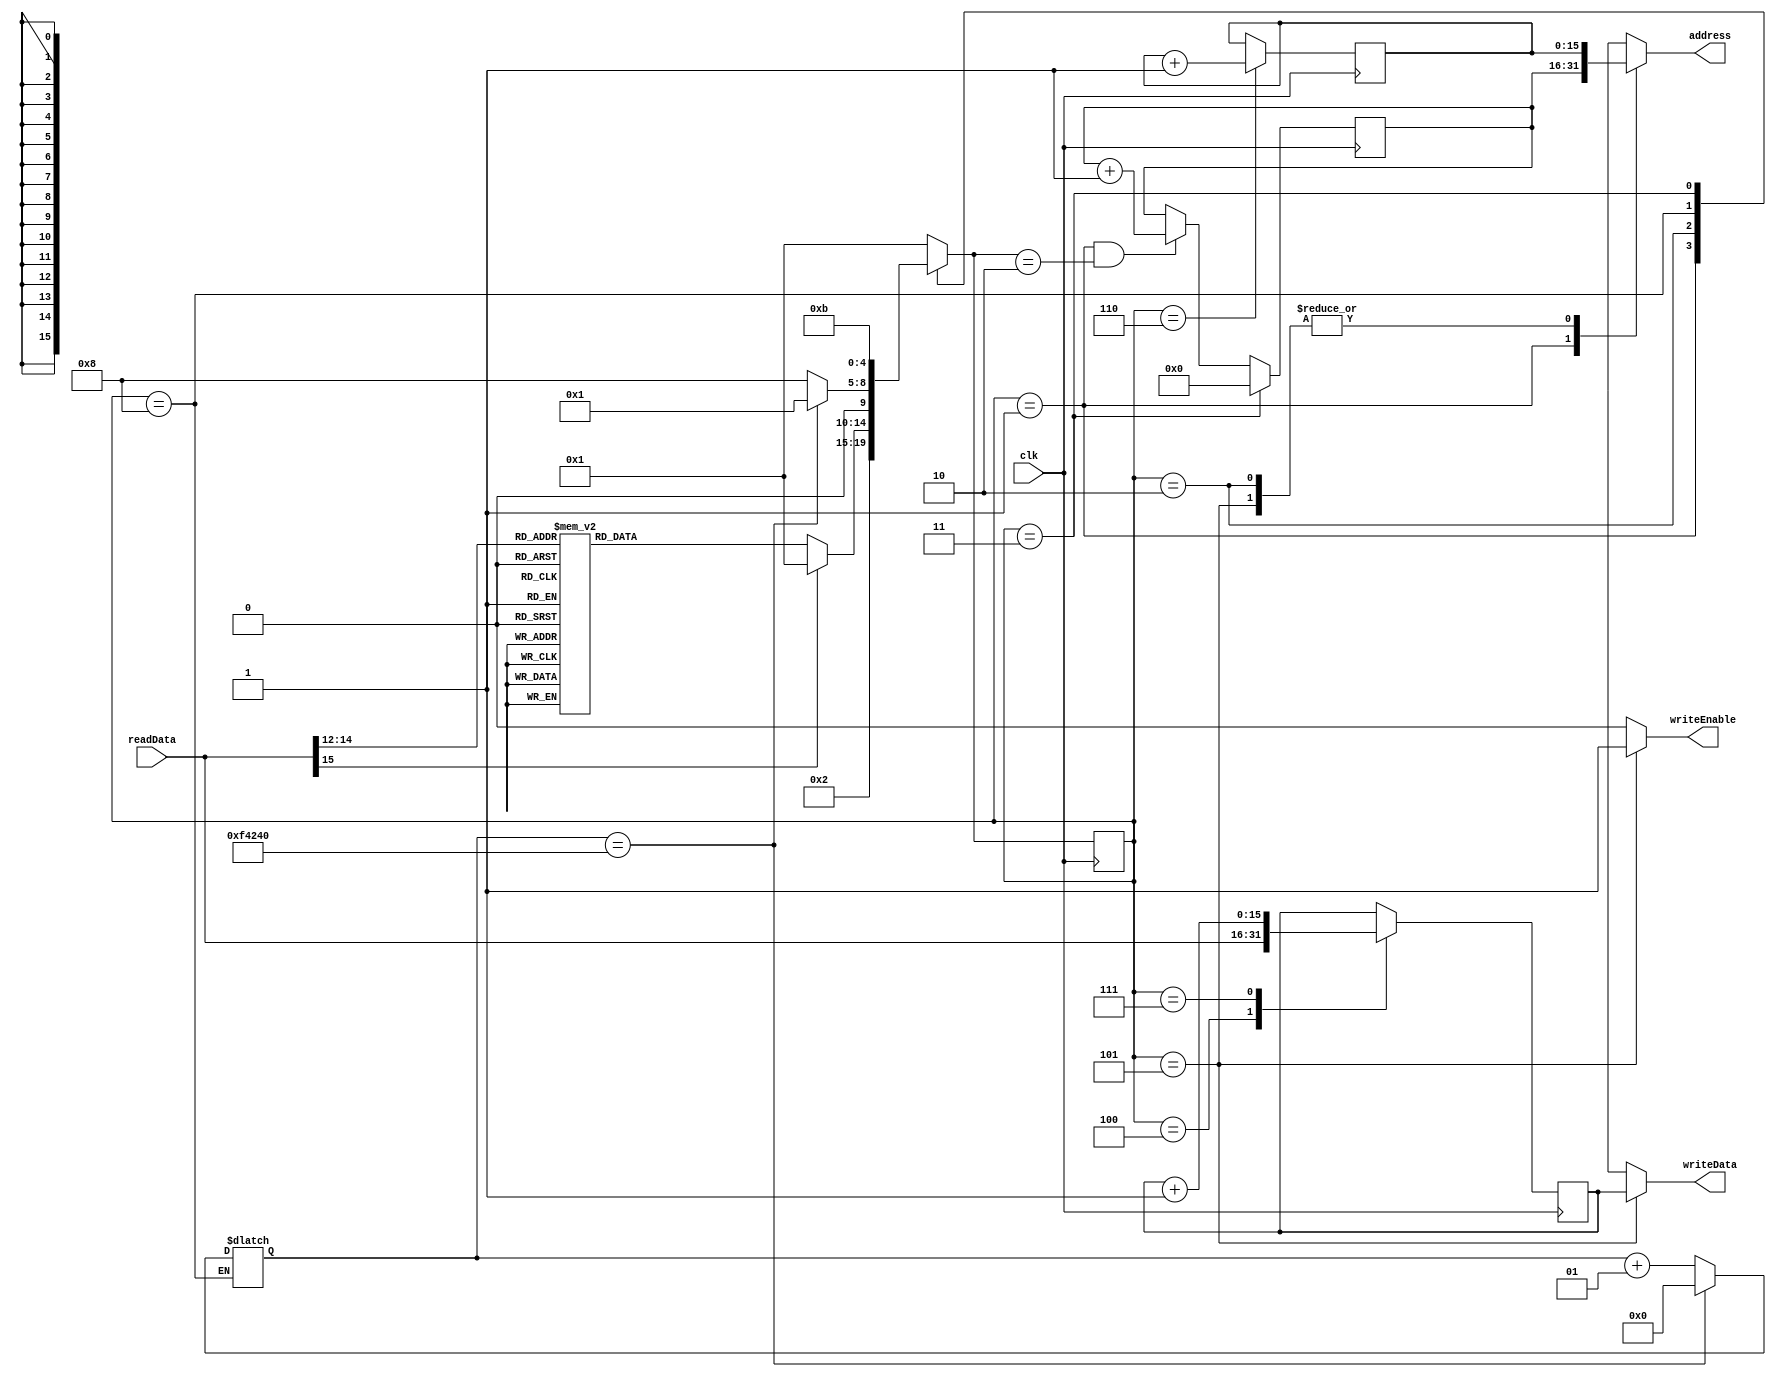
`timescale 1ns / 1ps
//////////////////////////////////////////////////////////////////////////////////
// Company: 
// Engineer: 
// 
// Design Name: 
// Module Name:    Core 
// Project Name: 
// Target Devices: 
// Tool versions: 
// Description: 
//
// Dependencies: 
//
// Revision: 
// Revision 0.01 - File Created
// Additional Comments: 
//
//////////////////////////////////////////////////////////////////////////////////
module Core(
	 input clk,
	 //input rst,
    //input IO,
	 input [15:0] readData,
	 output reg [15:0]writeData,
	 output reg writeEnable,
	 output reg [15:0]address
	 );
	 
	 reg [15:0] PC = 16'h0;
	 reg [15:0] memAdd;
	 reg [15:0]	data;
	 reg [4:0] PS, NS;
	 
	 integer counter = 0;
	 
	 parameter[4:0] clear = 5'd0, fetch = 5'd1, receive = 5'd2, reset = 5'd3, load = 5'd4, store = 5'd5, 
							advance = 5'd6, increment = 5'd7, pause = 5'd8, add = 5'd9, move = 5'd10, resetBuffer = 5'd11						
							;
	 
	 //TODO/Questions: 
	 // 1) Figure out max PC, don't want to just keep going
	 // 2) Find better way to do advance and increment (too bulky?)
	 // 3) Determine what PC address @ reset (right now it's 0x2400)
	 // 4) When does PC value latch w/reset?
	 
	 always @ (posedge clk) begin
			//Increment PC Counter if necessary
			if(PS == fetch && NS == receive)
				PC <= PC + 1'b1; 
			else
				PC <= PC; 
			
			//Update present state
			PS <= NS;
			
			//Do action based on PS
			case(PS)
				load: data <= readData;
				advance: memAdd <= memAdd + 1'b1;
				increment: data <= data + 1'b1;
				reset: PC <= 16'h0;
				
			endcase
	 end
	 
	 always @ (*) begin
		case(PS)
			//Fetch instruction
			fetch: begin
				address <= PC; //Fetch instruction at PC counter
				writeData <= 16'bX; //Don't care about write date
				writeEnable <= 0; 
				NS <= receive;
			end
			
			//Receive instruction 
			receive: begin
				address <= memAdd; //Fetch value at memory address,
				writeData <= 16'bX;
				writeEnable <= 0;
				case(readData[15:12])  
					4'b0000: NS <= reset;
					4'b0001: NS <= load;
					4'b0010: NS <= store;
					4'b0011: NS <= advance;
					4'b0100: NS <= increment;
					4'b0101: NS <= pause;
					4'b0110: NS <= add;
					4'b0111: NS <= move;
					default: NS <= fetch;
				endcase
			end			
			
			//Load memory data into register
			load: begin
				address <= 16'bX; //Have already fetched memory address (pretty sure we don't care here?)
				writeData <= 16'bX; //Don't care, not writing data
				writeEnable <= 0;  //Don't enable writing to memory
				NS <= fetch;
			end
			
			//Load register data into memory
			store:begin
				address <= memAdd; //Give memory address that we want to write to
				writeData <= data; //Give data that we want to write to memory
				writeEnable <= 1;  //Enable writing to memory
				NS <= fetch;
			end
			
			//Advance memory address by 1
			advance: begin
				address <= 16'bX; //Don't really care, work being done elsewhere (sequential)
				writeData <= 16'bX;
				writeEnable <= 0; 
				NS <= fetch;
			end
			
			//Increment data value by 1
			increment: begin
				address <= 16'bX; //Don't really care, work being done elsewhere (sequential)
				writeData <= 16'bX;
				writeEnable <= 0; 
				NS <= fetch;
			end
			
			//Pause advancement of program for 1 milisecond
			pause: begin
				address <= 16'bX; 
				writeData <= 16'bX;
				writeEnable <= 0; 
				if (counter == 1_000_000) begin //Counter to wait for one milisecond
					NS <= fetch;
					counter = 0;
				end
				else begin
					NS <= pause;
					counter = counter + 1;
				end
			end
			
			//Reset program counter to the beginning of program's address
			reset: begin
				address <= 16'bX; //Have already fetched memory address (pretty sure we don't care here?)
				writeData <= 16'bX;
				writeEnable <= 0; 
				NS <= resetBuffer;
			end
			
			//Give reset time to latch new PC value - no idea if this is needed or not 
			resetBuffer: begin
				address <= 16'bX; 
				writeData <= 16'bX;
				writeEnable <= 0; 
				NS <= fetch;
			end
			
			/*
			//Will include add and move instructions later!
			add: begin
				address <= 16'bX; 
				writeData <= 16'bX;
				writeEnable <= 0; 
				NS <= fetch;
			end
			
			
			move: begin
				address <= 16'bX;
				writeData <= 16'bX;
				writeEnable <= 0; 
				NS <= fetch;
			end
			*/
			
			default: begin
				address <= 16'bX;
				writeData <= 16'bX;
				writeEnable <= 0;
				NS <= fetch;
			end
		endcase
		

	 end

endmodule